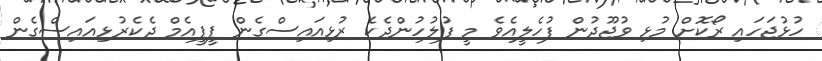
ހުޅުޖަހައި ރޯކޮށް މުޅި ވުޖޫދުން ފުހެލީއެވެ މީ ފުލުހުންދެކެ ރުޅިއައިސްގެން ޕީޕީއެމް ދެކެރުޅިއައިސްގެން